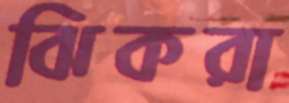
ঝিকরা